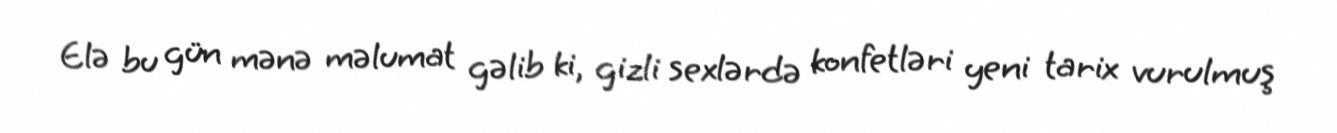
Elə bu gün mənə məlumat gəlib ki, gizli sexlərdə konfetləri yeni tarix vurulmuş